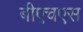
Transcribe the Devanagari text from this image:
बीएचएस